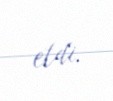
etdi.